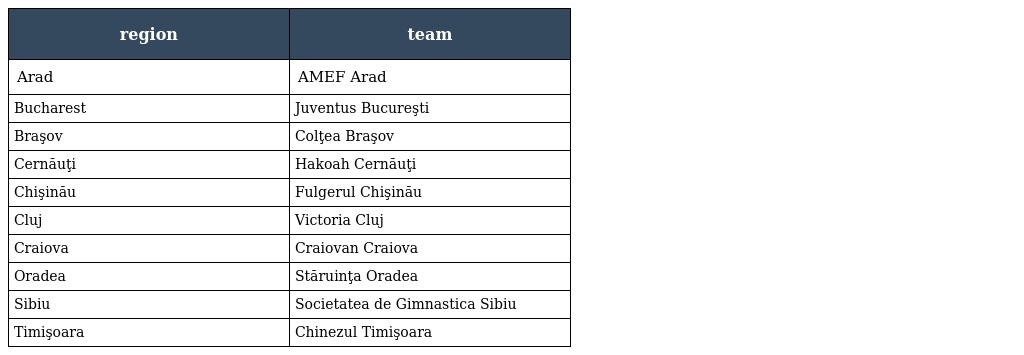
| region | team |
 | --- | --- |
 | Arad | AMEF Arad |
 | Bucharest | Juventus Bucureşti |
 | Braşov | Colţea Braşov |
 | Cernăuţi | Hakoah Cernăuţi |
 | Chişinău | Fulgerul Chişinău |
 | Cluj | Victoria Cluj |
 | Craiova | Craiovan Craiova |
 | Oradea | Stăruinţa Oradea |
 | Sibiu | Societatea de Gimnastica Sibiu |
 | Timişoara | Chinezul Timişoara |